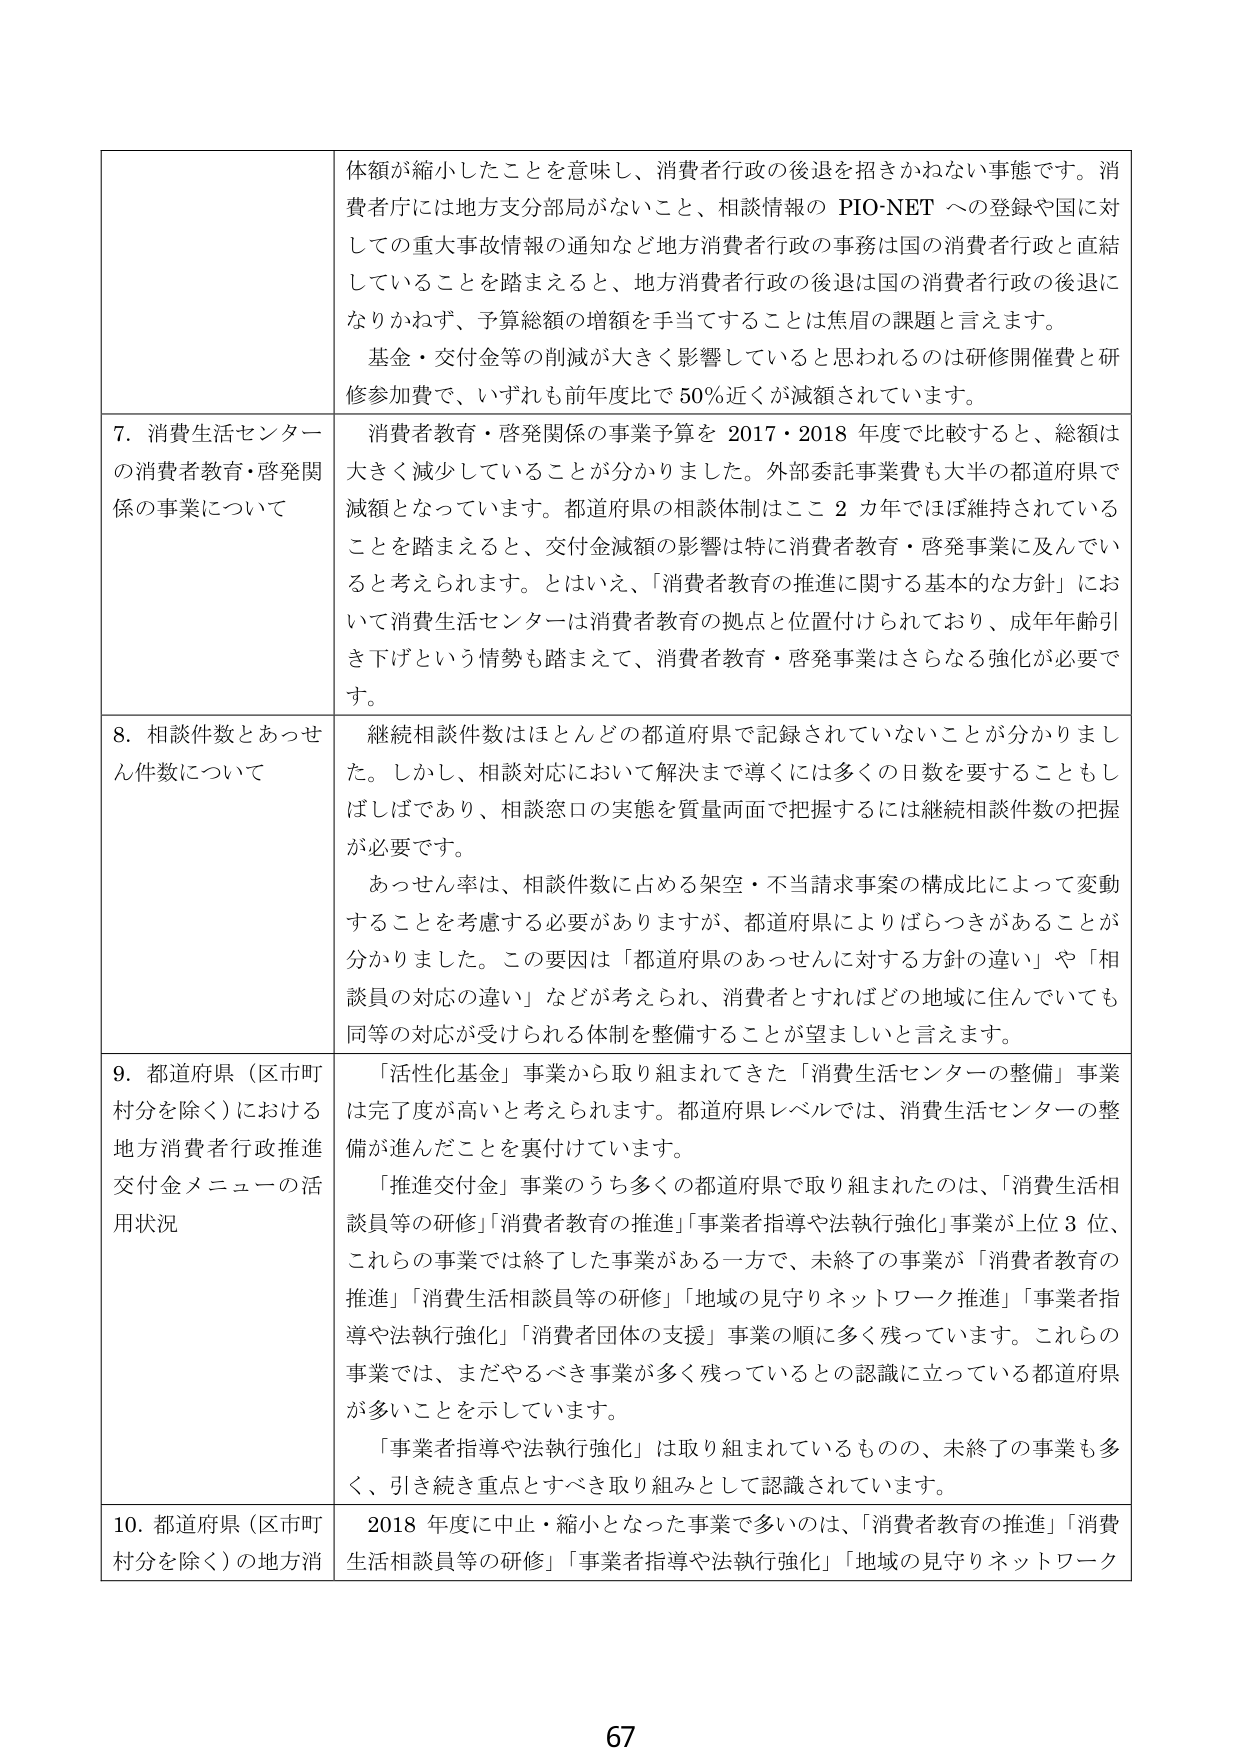
体額が縮小したことを意味し、消費者行政の後退を招きかねない事態です。消費者庁には地方支分部局がないこと、相談情報の PIO-NET への登録や国に対しての重大事故情報の通知など地方消費者行政の事務は国の消費者行政と直結していることを踏まえると、地方消費者行政の後退は国の消費者行政の後退になりかねず、予算総額の増額を手当てすることは焦眉の課題と言えます。

基金・交付金等の削減が大きく影響していると思われるのは研修開催費と研修参加費で、いずれも前年度比で 50％近くが減額されています。

7. 消費生活センターの消費者教育・啓発関係の事業について
消費者教育・啓発関係の事業予算を 2017・2018 年度で比較すると、総額は大きく減少していることが分かりました。外部委託事業費も大半の都道府県で減額となっています。都道府県の相談体制はここ 2 カ年でほぼ維持されていることを踏まえると、交付金減額の影響は特に消費者教育・啓発事業に及んでいると考えられます。とはいえ、「消費者教育の推進に関する基本的な方針」において消費生活センターは消費者教育の拠点と位置付けられており、成年年齢引き下げという情勢も踏まえて、消費者教育・啓発事業はさらなる強化が必要です。

8. 相談件数とあっせん件数について
継続相談件数はほとんどの都道府県で記録されていないことが分かりました。しかし、相談対応において解決まで導くには多くの日数を要することもしばしばであり、相談窓口の実態を質量両面で把握するには継続相談件数の把握が必要です。

あっせん率は、相談件数に占める架空・不当請求事案の構成比によって変動することを考慮する必要がありますが、都道府県によりばらつきがあることが分かりました。この要因は「都道府県のあっせんに対する方針の違い」や「相談員の対応の違い」などが考えられ、消費者とすればどの地域に住んでいても同等の対応が受けられる体制を整備することが望ましいと言えます。

9. 都道府県（区市町村分を除く）における地方消費者行政推進交付金メニューの活用状況
「活性化基金」事業から取り組まれてきた「消費生活センターの整備」事業は完了度が高いと考えられます。都道府県レベルでは、消費生活センターの整備が進んだことを裏付けています。

「推進交付金」事業のうち多くの都道府県で取り組まれたのは、「消費生活相談員等の研修」「消費者教育の推進」「事業者指導や法執行強化」事業が上位 3 位、これらの事業では終了した事業がある一方で、未終了の事業が「消費者教育の推進」「消費生活相談員等の研修」「地域の見守りネットワーク推進」「事業者指導や法執行強化」「消費者団体の支援」事業の順に多く残っています。これらの事業では、まだやるべき事業が多く残っているとの認識に立っている都道府県が多いことを示しています。

「事業者指導や法執行強化」は取り組まれているものの、未終了の事業も多く、引き続き重点とすべき取り組みとして認識されています。

10. 都道府県（区市町村分を除く）の地方消
2018 年度に中止・縮小となった事業で多いのは、「消費者教育の推進」「消費生活相談員等の研修」「事業者指導や法執行強化」「地域の見守りネットワーク

67